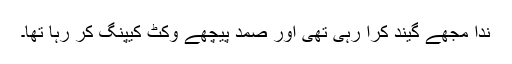
ندا مجھے گیند کرا رہی تھی اور صمد پیچھے وکٹ کیپنگ کر رہا تھا۔